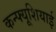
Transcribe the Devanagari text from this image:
कन्फ्यूशियाई